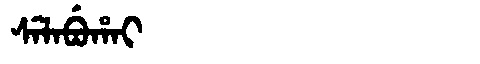
Manchu: ᠰᡝᠯᠠᠪᡠᡥᠠᡳ
Romanization: SELABUHAI